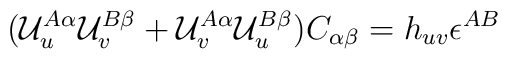
({\cal U}^{A\alpha}_u {\cal U}^{B\beta}_v + {\cal U}^{A\alpha}_v {\cal U}^{B\beta}_u) C_{\alpha\beta}= h_{uv} \epsilon^{AB}